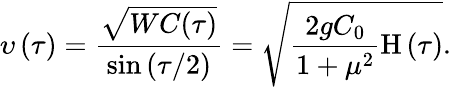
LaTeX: \upsilon\left(\tau\right)=\frac{\sqrt{WC(\tau)}}{\sin\left({\tau/2}\right)}=\sqrt{\frac{2gC_{0}}{1+\mu^{2}}\mathrm{H}\left(\tau\right)}.